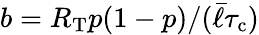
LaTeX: b=R_{\mathrm{T}}p(1-p)/(\bar{\ell}{\tau_{\mathrm{c}}})